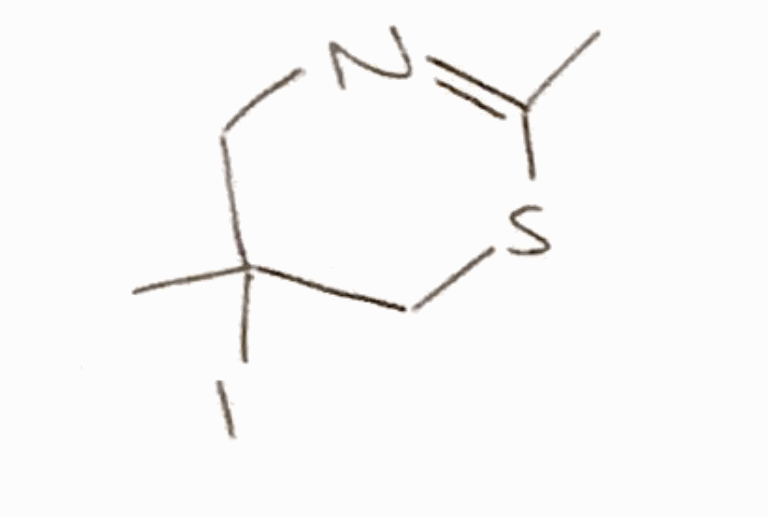
Simplified molecular-input line-entry system (SMILES) notation of the given molecule:
CC1=NCC(CS1)(C)I